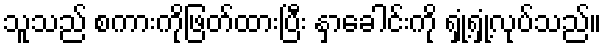
သူသည် စကားကိုဖြတ်ထားပြီး နှာခေါင်းကို ရှုံ့ရှုံ့လုပ်သည်။